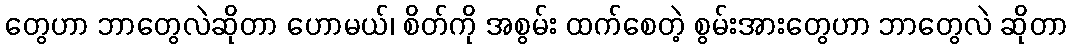
တွေဟာ ဘာတွေလဲဆိုတာ ဟောမယ်၊ စိတ်ကို အစွမ်း ထက်စေတဲ့ စွမ်းအားတွေဟာ ဘာတွေလဲ ဆိုတာ